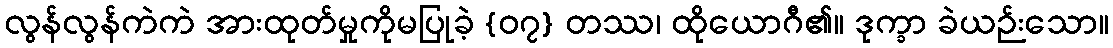
လွန်လွန်ကဲကဲ အားထုတ်မှုကိုမပြုခဲ့ {၀၇} တဿ၊ ထိုယောဂီ၏။ ဒုက္ခာ ခဲယဉ်းသော။